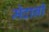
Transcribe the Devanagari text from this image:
मेदानी